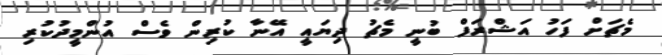
މެޗަށް ފަހު އަޝްރަފް ބުނީ މެޗު ދިޔައީ އޭނާ ކުރިން ވެސް އުންމީދުކުރި